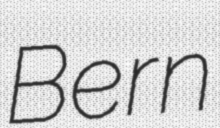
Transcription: Bern